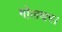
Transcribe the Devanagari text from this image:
गोलघर।